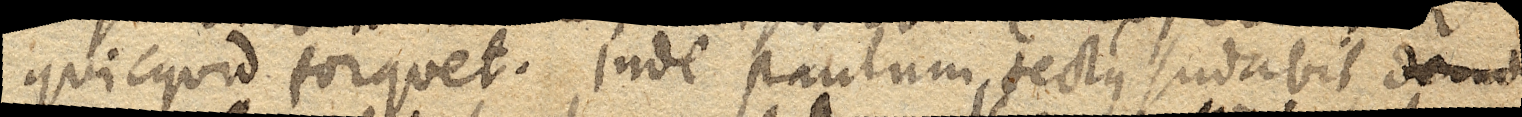
quicquid torquet. Inde paulum tectus sudabit, den